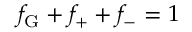
f _ { \mathrm { G } } + f _ { + } + f _ { - } = 1